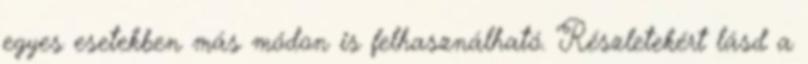
egyes esetekben más módon is felhasználható. Részletekért lásd a